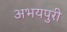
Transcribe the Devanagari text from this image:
अभयपुरी